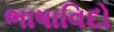
ભાષાવિદો